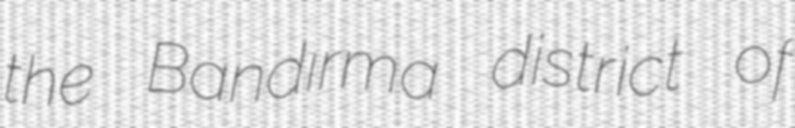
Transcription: the Bandırma district of